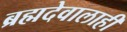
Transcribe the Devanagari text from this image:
ब्रह्मदेवालाही